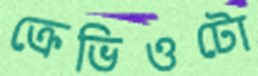
ক্রেভিওটো